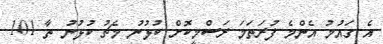
އެ ގައުމު އެންމެ ފުރަތަމަ ރަސްމީކޮށް ކުޅުނު މެޗު ކުޅުނު ތާ 101